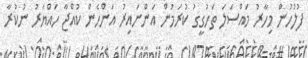
ފުލުހުން މިހާރު މައްސަލަ ތަހުގީގު ކުރަމުން އަންނައިރު އަންހެން ކުއްޖާ ހައްޔަރު ނުކުރާ